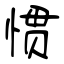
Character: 惯